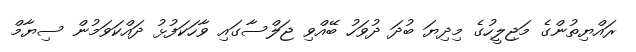
ރައްޔިތުންގެ މަޖިލީހުގެ މިދިޔަ ބުދަ ދުވަހު ބޭއްވި ޖަލްސާގައި ވާހަކަފުޅު ދައްކަވަމުން ސިޔާމް